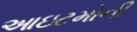
આઇટમોની